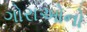
ગોરાઓનો